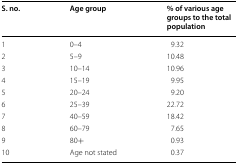
<table><thead><tr><td><b>S. no.</b></td><td><b>Age group</b></td><td><b>% of various age groups to the total population</b></td></tr></thead><tbody><tr><td>1</td><td>0–4</td><td>9.32</td></tr><tr><td>2</td><td>5–9</td><td>10.48</td></tr><tr><td>3</td><td>10–14</td><td>10.96</td></tr><tr><td>4</td><td>15–19</td><td>9.95</td></tr><tr><td>5</td><td>20–24</td><td>9.20</td></tr><tr><td>6</td><td>25–39</td><td>22.72</td></tr><tr><td>7</td><td>40–59</td><td>18.42</td></tr><tr><td>8</td><td>60–79</td><td>7.65</td></tr><tr><td>9</td><td>80+</td><td>0.93</td></tr><tr><td>10</td><td>Age not stated</td><td>0.37</td></tr></tbody></table>